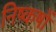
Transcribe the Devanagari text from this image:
निष्कषों